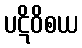
ပဋိဝိစယ